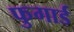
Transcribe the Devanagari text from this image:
फुगार्ड